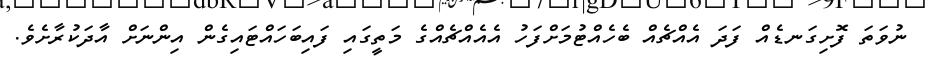
ނުވަތަ ފޮށިގަނޑެއް ފަދަ އެއްޗެއް ބެހެއްޓުމަށްފަހު އެއެއްޗެއްގެ މަތީގައި ފައިބަހައްޓައިގެން އިންނަށް އާދަކުރާށެވެ.